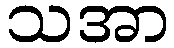
သအာ